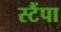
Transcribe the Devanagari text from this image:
स्टैंपा